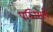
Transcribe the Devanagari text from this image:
पस्तिसावे